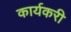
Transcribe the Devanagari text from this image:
कार्यकरी